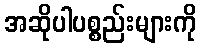
အဆိုပါပစ္စည်းများကို